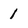
Character: 1